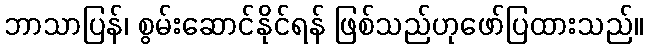
ဘာသာပြန်၊ စွမ်းဆောင်နိုင်ရန် ဖြစ်သည်ဟုဖော်ပြထားသည်။